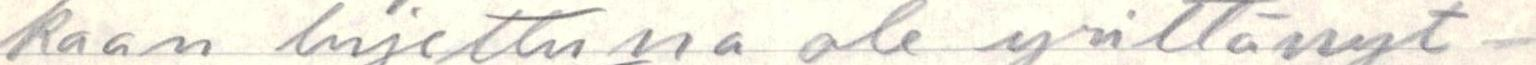
kaan lujettuna ole yrittänyt-